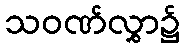
သဝဏ်လွှာ၌